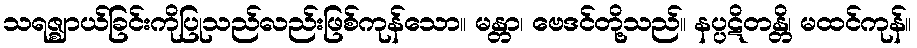
သရဇ္ဈာယ်ခြင်းကိုပြုသည်လည်းဖြစ်ကုန်သော။ မန္တာ၊ ဗေဒင်တို့သည်။ နပ္ပဋိတန္တိ၊ မထင်ကုန်။